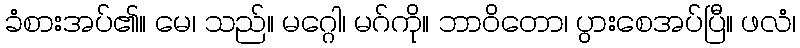
ခံစားအပ်၏။ မေ၊ သည်။ မဂ္ဂေါ၊ မဂ်ကို။ ဘာဝိတော၊ ပွားစေအပ်ပြီ။ ဖလံ၊